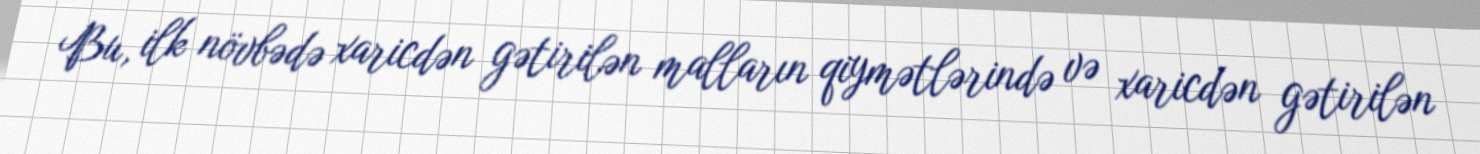
Bu, ilk növbədə xaricdən gətirilən malların qiymətlərində və xaricdən gətirilən